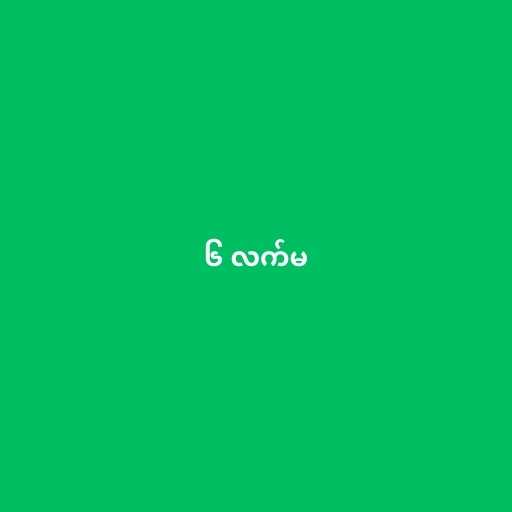
၆ လက်မ